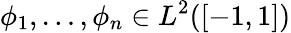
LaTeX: \phi_{1},\ldots,\phi_{n}\in L^{2}([-1,1])